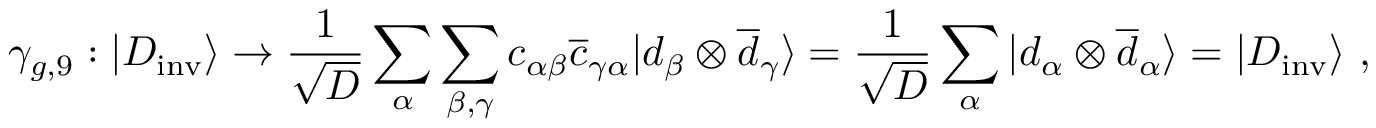
\gamma _ { g , 9 } : | D _ { \mathrm { i n v } } \rangle \rightarrow { \frac { 1 } { \sqrt { D } } } \sum _ { \alpha } \sum _ { \beta , \gamma } c _ { \alpha \beta } { \overline { { c } } } _ { \gamma \alpha } | d _ { \beta } \otimes { \overline { { d } } } _ { \gamma } \rangle = { \frac { 1 } { \sqrt { D } } } \sum _ { \alpha } | d _ { \alpha } \otimes { \overline { { d } } } _ { \alpha } \rangle = | D _ { \mathrm { i n v } } \rangle ~ ,